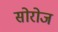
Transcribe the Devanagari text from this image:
सोरोज